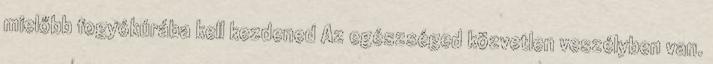
mielőbb fogyókúrába kell kezdened Az egészséged közvetlen veszélyben van.